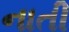
નાતી